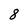
Character: 8